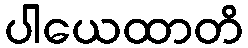
ပါယေထာတိ